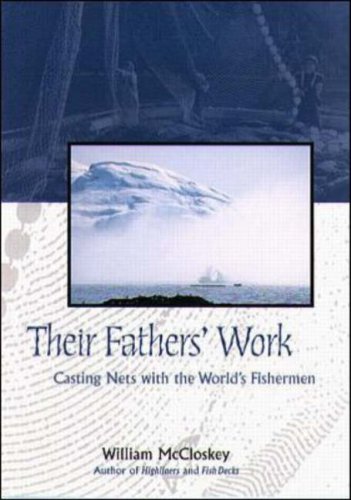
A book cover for Their Fathers' Work: Casting Nets with the World's Fishermen; William B. McCloskey; Humor & Entertainment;